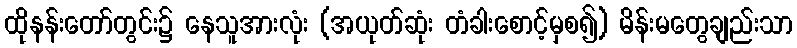
ထိုနန်းတော်တွင်း၌ နေသူအားလုံး (အယုတ်ဆုံး တံခါးစောင့်မှစ၍) မိန်းမတွေချည်းသာ